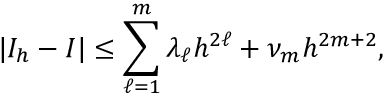
| I _ { h } - I | \leq \sum _ { \ell = 1 } ^ { m } \lambda _ { \ell } h ^ { 2 \ell } + \nu _ { m } h ^ { 2 m + 2 } ,